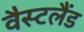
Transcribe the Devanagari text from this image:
वैस्टलैंड